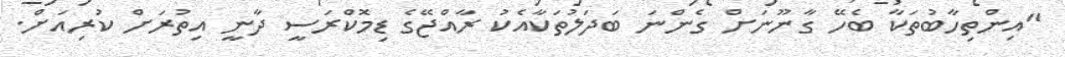
"އިންތިހާބުތަކާ ބެހޭ ގާނޫނަށް ގެންނަ ބަދަލުތަކާއެކު ރާއްޖޭގެ ޑިމޮކްރަސީ ދާނީ އިތުރަށް ކުރިއަށް.